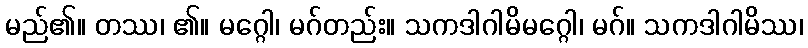
မည်၏။ တဿ၊ ၏။ မဂ္ဂေါ၊ မဂ်တည်း။ သကဒါဂါမိမဂ္ဂေါ၊ မဂ်။ သကဒါဂါမိဿ၊